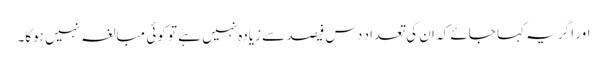
اور اگر یہ کہا جائے کہ ان کی تعداد دس فیصد سے زیادہ نہیں ہے تو کوئی مبالغہ نہیں ہوگا۔